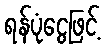
ရန်ပုံငွေဖြင့်